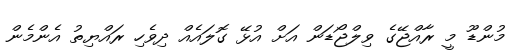
މުންޑޫ މީ ރާއްޖޭގެ ވިލްޖޯޑަން އަށް އުޅޭ ގޮލައެއް ދިވެހި ރައްޔިތު އެންމެން